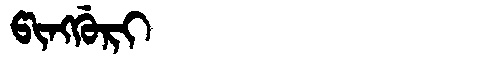
Manchu: ᡦᡳᠩᡤᡠᡵᡳ
Romanization: PINGGURI